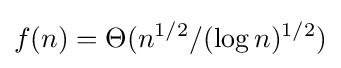
f(n)=\Theta (n^{1/2}/(\log n)^{1/2})